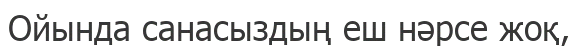
Ойында санасыздың еш нәрсе жоқ,